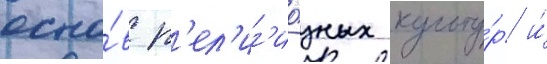
осно́в р'ел'иг'ио́зных культу́р и́